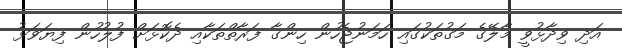
އަދި ވިދާޅުވީ މާލޭގެ މަގުތަކުގައި ހަމަނުޖެހުން ހިންގާ ފަރާތްތަކާއި ދެކޮޅަށް ފުލުހުން ފިޔަވަޅު